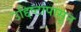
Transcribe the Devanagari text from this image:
उद्दिष्टापासून